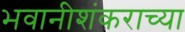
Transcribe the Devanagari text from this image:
भवानीशंकराच्या